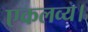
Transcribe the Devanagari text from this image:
एकलव्य।